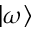
| \omega \rangle